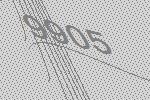
9905